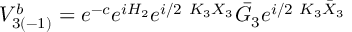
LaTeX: V _ { 3 ( - 1 ) } ^ { b } = e ^ { - c } e ^ { i H _ { 2 } } e ^ { i / 2 \ K _ { 3 } X _ { 3 } } \bar { G } _ { 3 } e ^ { i / 2 \ K _ { 3 } \bar { X } _ { 3 } }